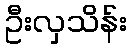
ဦးလှသိန်း